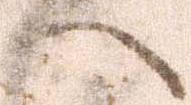
へ